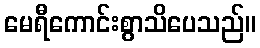
မေရီကောင်းစွာသိပေသည်။